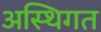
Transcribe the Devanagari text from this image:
अस्थिगत